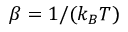
\beta = 1 / ( k _ { B } T )